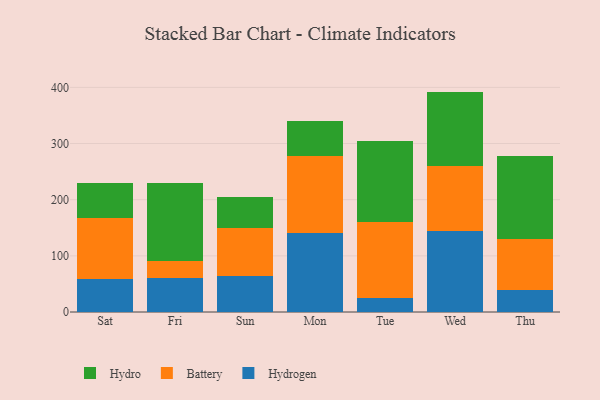
{"axis": {"x": "Day", "y": "Population (Million)"}, "legend": ["Battery", "Hydro", "Hydrogen"], "data": [{"x": "Sat", "y": 58.3, "type": "Hydrogen"}, {"x": "Sat", "y": 108.9, "type": "Battery"}, {"x": "Sat", "y": 62.0, "type": "Hydro"}, {"x": "Fri", "y": 59.9, "type": "Hydrogen"}, {"x": "Fri", "y": 30.7, "type": "Battery"}, {"x": "Fri", "y": 139.2, "type": "Hydro"}, {"x": "Sun", "y": 63.7, "type": "Hydrogen"}, {"x": "Sun", "y": 86.0, "type": "Battery"}, {"x": "Sun", "y": 55.3, "type": "Hydro"}, {"x": "Mon", "y": 141.0, "type": "Hydrogen"}, {"x": "Mon", "y": 136.8, "type": "Battery"}, {"x": "Mon", "y": 61.9, "type": "Hydro"}, {"x": "Tue", "y": 25.0, "type": "Hydrogen"}, {"x": "Tue", "y": 135.7, "type": "Battery"}, {"x": "Tue", "y": 144.5, "type": "Hydro"}, {"x": "Wed", "y": 143.6, "type": "Hydrogen"}, {"x": "Wed", "y": 115.8, "type": "Battery"}, {"x": "Wed", "y": 133.1, "type": "Hydro"}, {"x": "Thu", "y": 39.0, "type": "Hydrogen"}, {"x": "Thu", "y": 90.5, "type": "Battery"}, {"x": "Thu", "y": 147.7, "type": "Hydro"}]}